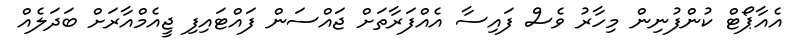
އެއާޕޯޓް ކުންފުނިން މިހާރު ވެސް ފައިސާ އެއްފަރާތަށް ޖައްސަން ފައްޓައިފި ޖީއެމްއާރަށް ބަދަލެއް